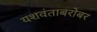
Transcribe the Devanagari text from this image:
यशवंताबरोबर